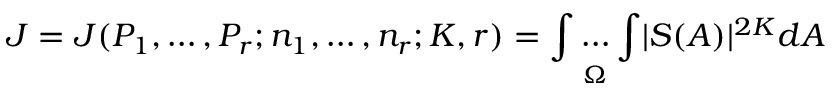
J = J ( P _ { 1 } , \dots , P _ { r } ; n _ { 1 } , \dots , n _ { r } ; K , r ) = { \underset { \Omega } { \int \dots \int } } | S ( A ) | ^ { 2 K } d A